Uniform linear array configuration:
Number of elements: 32
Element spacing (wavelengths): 1
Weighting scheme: kaiser
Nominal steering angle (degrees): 0
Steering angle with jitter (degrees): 0.3515
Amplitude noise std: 0.05
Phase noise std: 0.05

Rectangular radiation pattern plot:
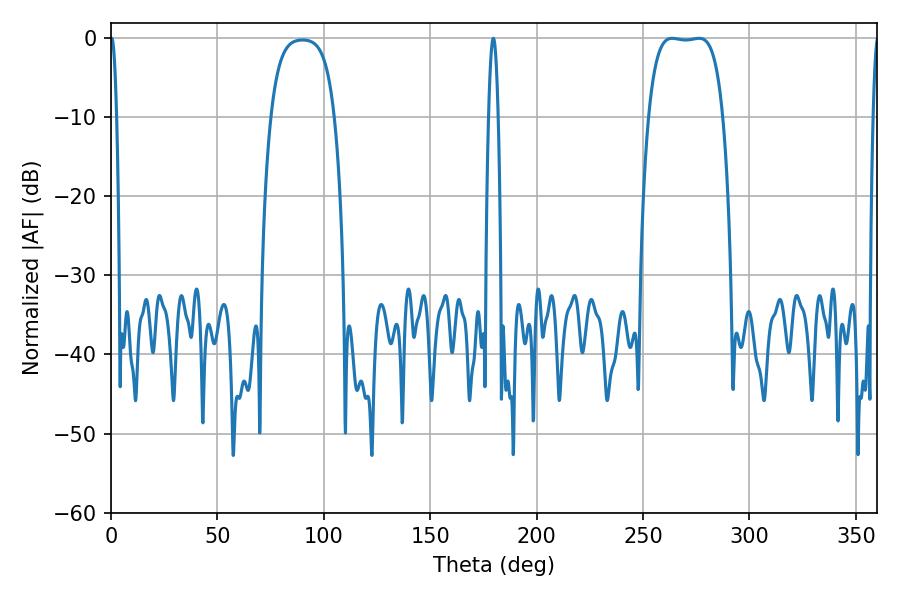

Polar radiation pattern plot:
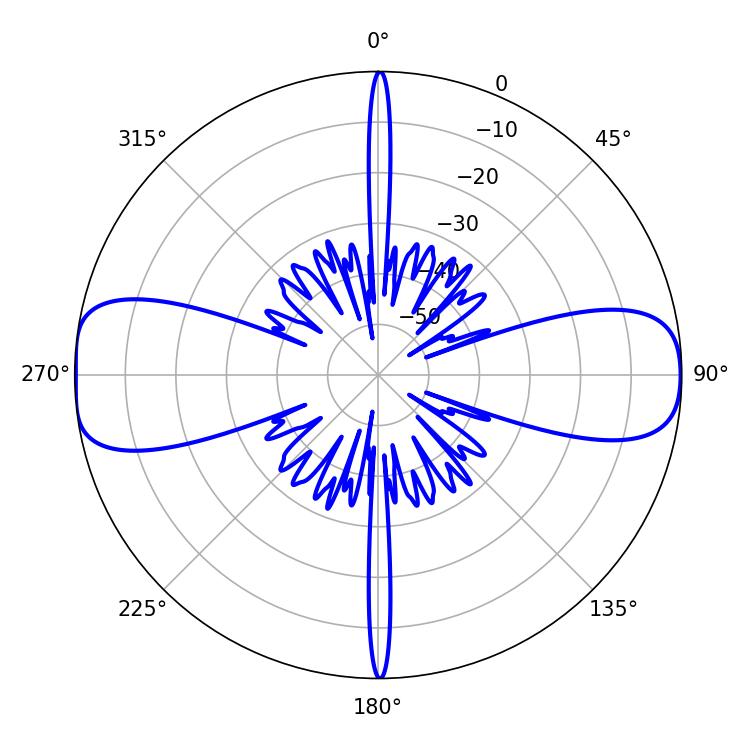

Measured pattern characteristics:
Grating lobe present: TRUE
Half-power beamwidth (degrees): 27.36
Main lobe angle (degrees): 263.7